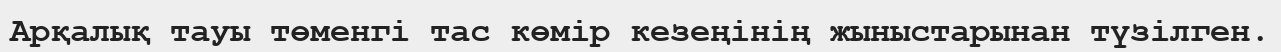
Арқалық тауы төменгі тас көмір кезеңінің жыныстарынан түзілген.